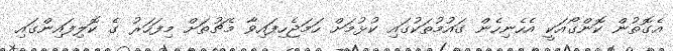
އެގޮތުން ކޮންގޯއަކީ އެހެނިހެން ގައުމުތަކުގައި ކުޅުމަށް ހަމަޖެހިފައިވާ މެޗުތަށް މިފަހަރު ގެ ކޮލިފައިންގައި